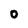
Character: O